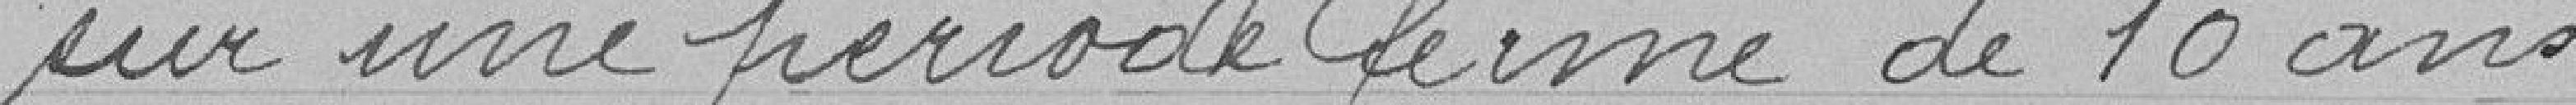
sur une période ferme de 10 ans.